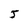
Character: 5